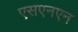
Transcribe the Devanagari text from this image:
एसएनएन